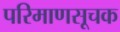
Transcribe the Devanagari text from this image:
परिमाणसूचक